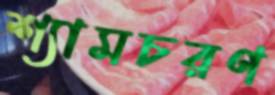
শ্যামচরণ